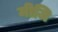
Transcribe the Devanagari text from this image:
मीजि